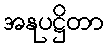
အနုပဋ္ဌိတာ